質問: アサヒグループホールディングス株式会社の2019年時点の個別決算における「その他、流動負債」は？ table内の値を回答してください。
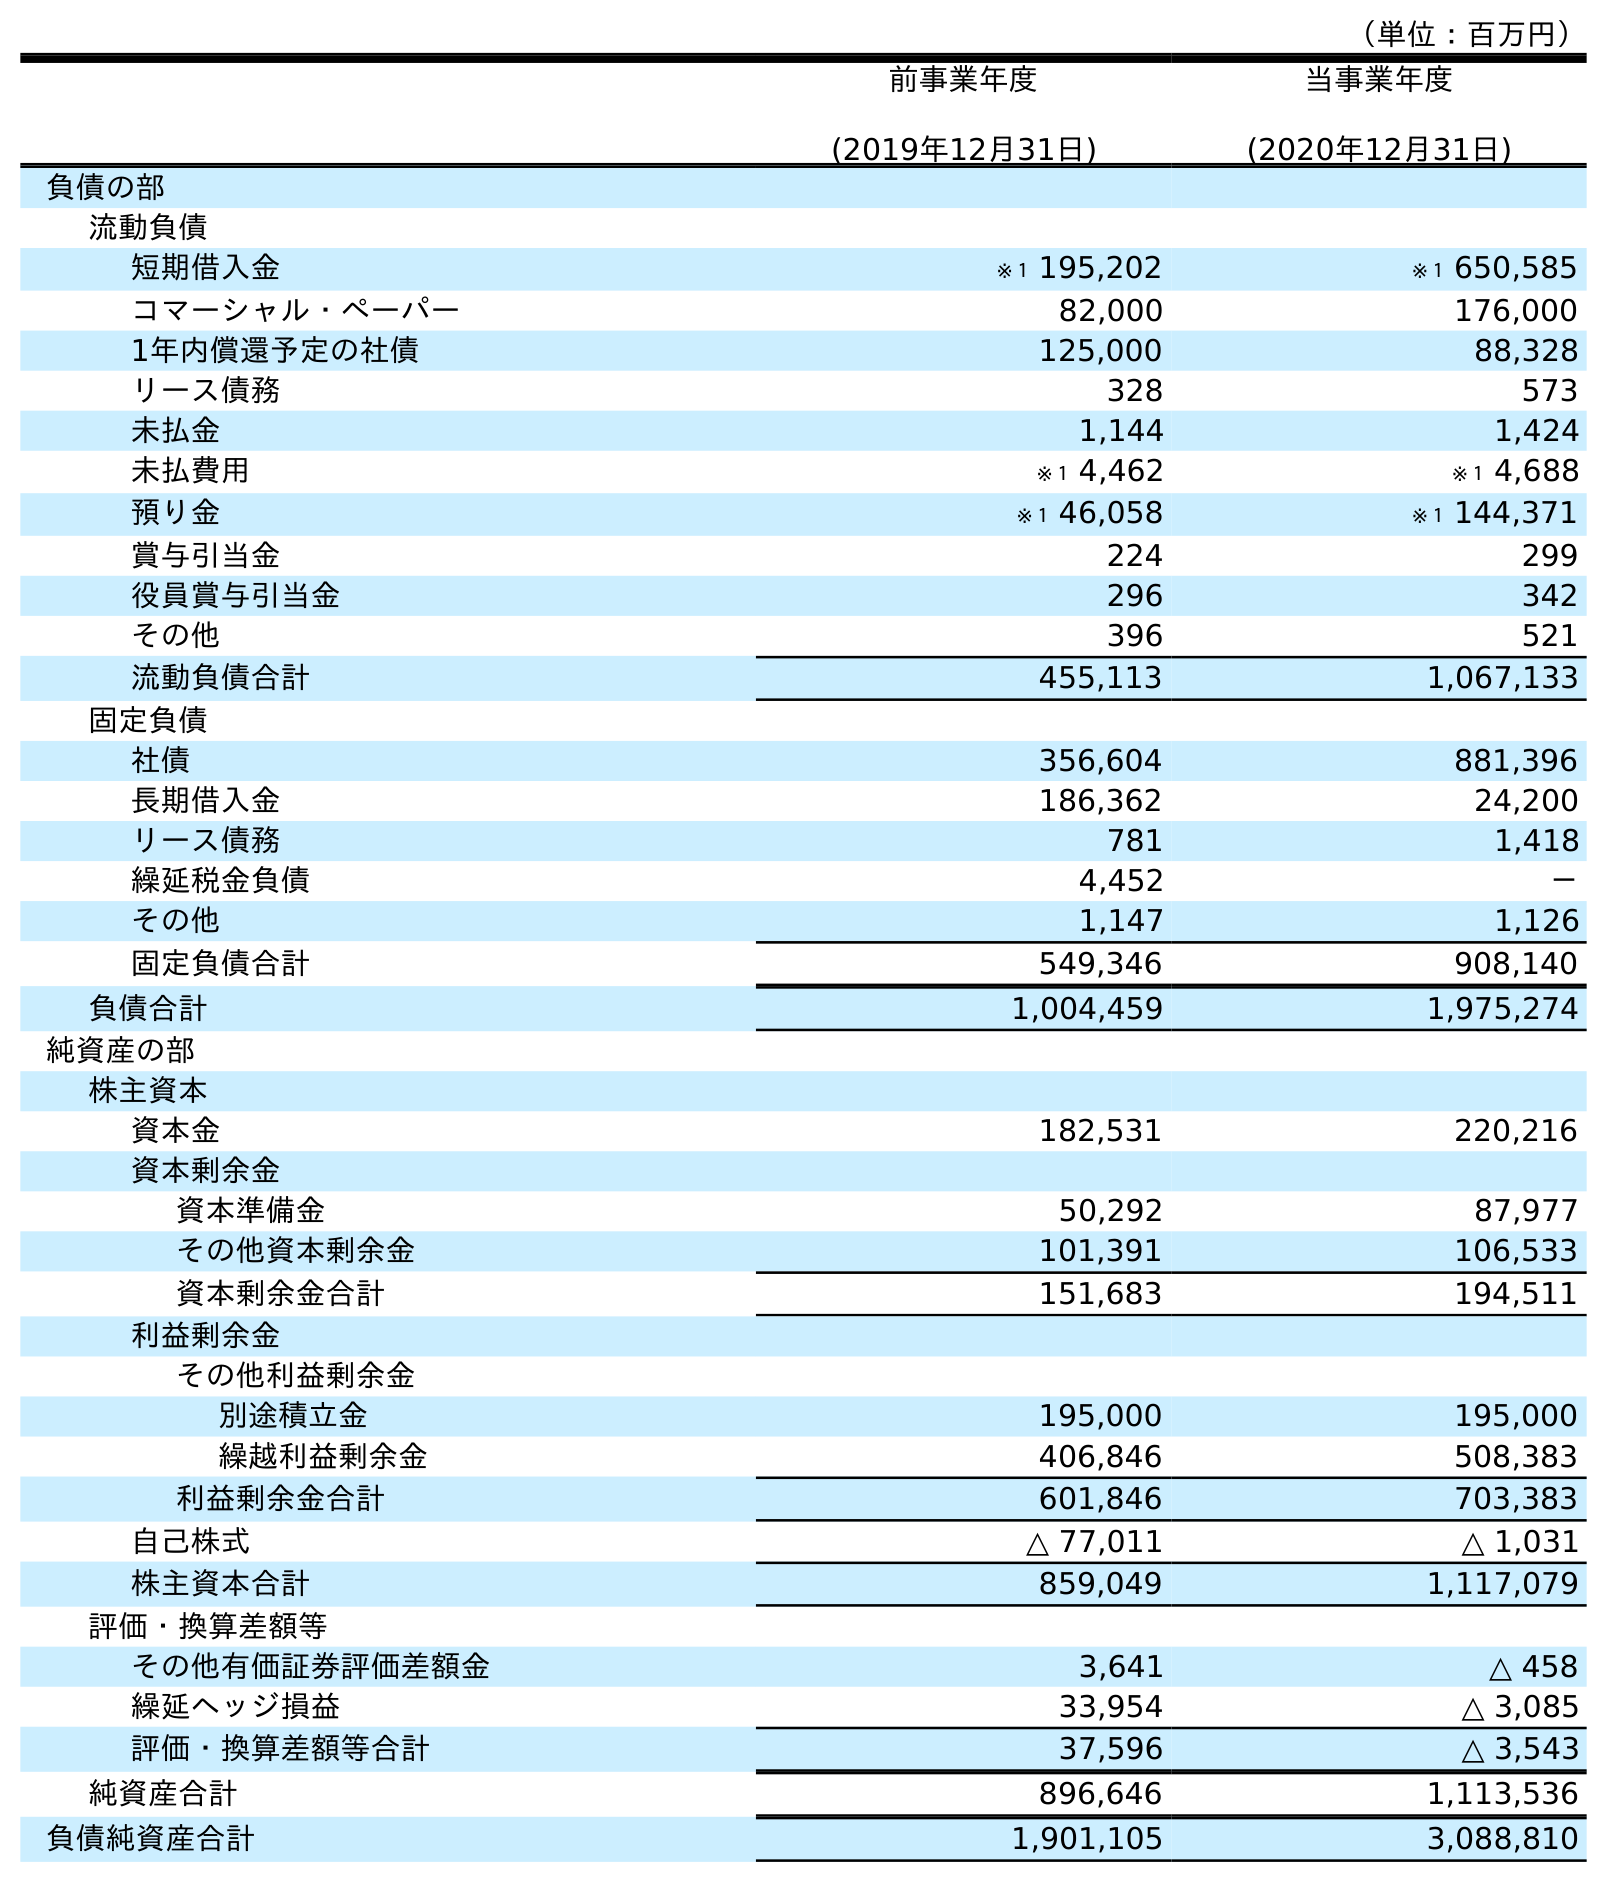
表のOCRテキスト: （単位：百万円） 前事業年度 (2019年12月31日) 当事業年度 (2020年12月31日) 負債の部 流動負債 短期借入金 ※１ 195,202 ※１ 650,585 コマーシャル・ペーパー 82,000 176,000 1年内償還予定の社債 125,000 88,328 リース債務 328 573 未払金 1,144 1,424 未払費用 ※１ 4,462 ※１ 4,688 預り金 ※１ 46,058 ※１ 144,371 賞与引当金 224 299 役員賞与引当金 296 342 その他 396 521 流動負債合計 455,113 1,067,133 固定負債 社債 356,604 881,396 長期借入金 186,362 24,200 リース債務 781 1,418 繰延税金負債 4,452 － その他 1,147 1,126 固定負債合計 549,346 908,140 負債合計 1,004,459 1,975,274 純資産の部 株主資本 資本金 182,531 220,216 資本剰余金 資本準備金 50,292 87,977 その他資本剰余金 101,391 106,533 資本剰余金合計 151,683 194,511 利益剰余金 その他利益剰余金 別途積立金 195,000 195,000 繰越利益剰余金 406,846 508,383 利益剰余金合計 601,846 703,383 自己株式 △ 77,011 △ 1,031 株主資本合計 859,049 1,117,079 評価・換算差額等 その他有価証券評価差額金 3,641 △ 458 繰延ヘッジ損益 33,954 △ 3,085 評価・換算差額等合計 37,596 △ 3,543 純資産合計 896,646 1,113,536 負債純資産合計 1,901,105 3,088,810
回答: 396